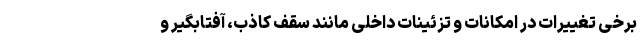
برخی تغییرات در امکانات و تزئینات داخلی مانند سقف کاذب، آفتابگیر و